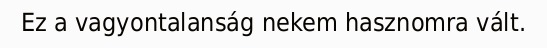
Ez a vagyontalanság nekem hasznomra vált.